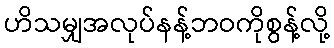
ဟိသမျှအလုပ်နန့်ဘဝကိုစွန့်လို့